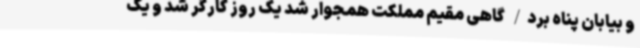
و بیابان پناه برد/ گاهی مقیم مملکت همجوار شد یک روز کارگر شد و یک